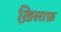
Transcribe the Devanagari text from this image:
ख़ि़लाफ़